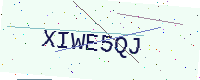
Text: XIWE5QJ